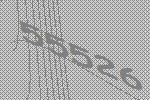
55526